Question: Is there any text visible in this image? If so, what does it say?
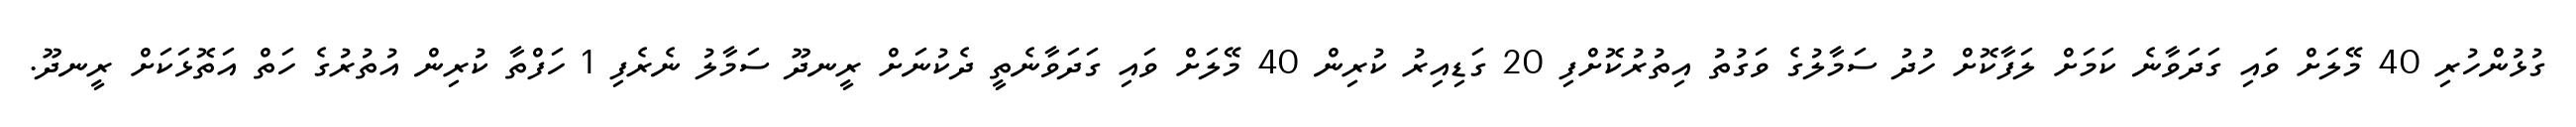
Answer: ގުޅުންހުރި 40 މޭލަށް ވައި ގަދަވާނެ ކަމަށް ލަފާކޮށް ހުދު ސަމާލުގެ ވަގުތު އިތުރުކޮށްފި 20 ގަޑިއިރު ކުރިން 40 މޭލަށް ވައި ގަދަވާނެތީ ދެކުނަށް ރީނދޫ ސަމާލު ނެރެފި 1 ހަފްތާ ކުރިން އުތުރުގެ ހަތް އަތޮޅަކަށް ރީނދޫ.